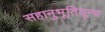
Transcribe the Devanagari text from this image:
सहानुभूतिशून्य